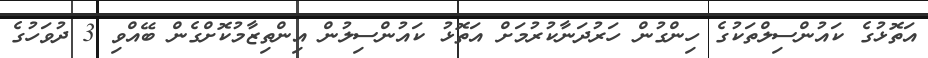
އަތޮޅުގެ ކައުންސިލްތަކުގެ ހިންގުން ހަރުދަނާކުރުމަށް އަތޮޅު ކައުންސިލުން އިންތިޒާމުކޮށްގެން ބޭއްވި 3 ދުވަހުގެ